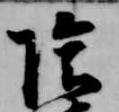
陰